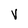
Character: y